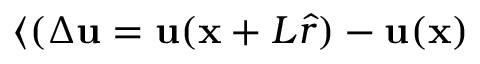
\langle ( \Delta \mathbf { u } = \mathbf { u } ( \mathbf { x } + L \boldsymbol { \hat { r } } ) - \mathbf { u } ( \mathbf { x } )